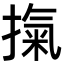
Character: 𭡾